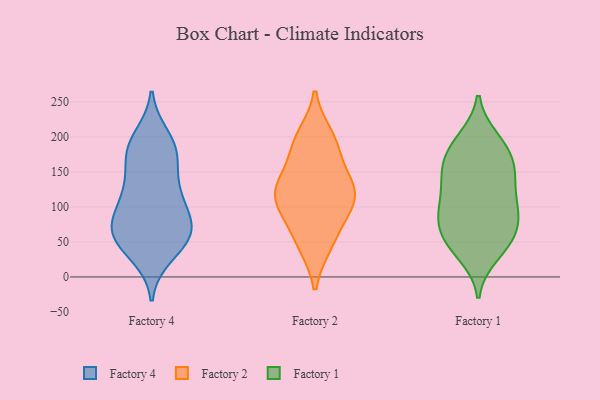
{"axis": {"x": "Market Share (%)", "y": "Value"}, "legend": ["Factory 1", "Factory 2", "Factory 4"], "data": [{"x": "", "y": 128, "type": "Factory 4"}, {"x": "", "y": 32, "type": "Factory 4"}, {"x": "", "y": 180, "type": "Factory 4"}, {"x": "", "y": 83, "type": "Factory 4"}, {"x": "", "y": 60, "type": "Factory 4"}, {"x": "", "y": 182, "type": "Factory 4"}, {"x": "", "y": 172, "type": "Factory 4"}, {"x": "", "y": 76, "type": "Factory 4"}, {"x": "", "y": 56, "type": "Factory 4"}, {"x": "", "y": 113, "type": "Factory 4"}, {"x": "", "y": 43, "type": "Factory 4"}, {"x": "", "y": 74, "type": "Factory 4"}, {"x": "", "y": 131, "type": "Factory 4"}, {"x": "", "y": 199, "type": "Factory 4"}, {"x": "", "y": 183, "type": "Factory 4"}, {"x": "", "y": 112, "type": "Factory 4"}, {"x": "", "y": 67, "type": "Factory 4"}, {"x": "", "y": 58, "type": "Factory 4"}, {"x": "", "y": 189, "type": "Factory 2"}, {"x": "", "y": 122, "type": "Factory 2"}, {"x": "", "y": 47, "type": "Factory 2"}, {"x": "", "y": 95, "type": "Factory 2"}, {"x": "", "y": 200, "type": "Factory 2"}, {"x": "", "y": 118, "type": "Factory 2"}, {"x": "", "y": 119, "type": "Factory 2"}, {"x": "", "y": 185, "type": "Factory 2"}, {"x": "", "y": 88, "type": "Factory 2"}, {"x": "", "y": 49, "type": "Factory 2"}, {"x": "", "y": 140, "type": "Factory 2"}, {"x": "", "y": 128, "type": "Factory 2"}, {"x": "", "y": 161, "type": "Factory 1"}, {"x": "", "y": 87, "type": "Factory 1"}, {"x": "", "y": 61, "type": "Factory 1"}, {"x": "", "y": 145, "type": "Factory 1"}, {"x": "", "y": 197, "type": "Factory 1"}, {"x": "", "y": 46, "type": "Factory 1"}, {"x": "", "y": 132, "type": "Factory 1"}, {"x": "", "y": 194, "type": "Factory 1"}, {"x": "", "y": 54, "type": "Factory 1"}, {"x": "", "y": 138, "type": "Factory 1"}, {"x": "", "y": 170, "type": "Factory 1"}, {"x": "", "y": 45, "type": "Factory 1"}, {"x": "", "y": 97, "type": "Factory 1"}, {"x": "", "y": 86, "type": "Factory 1"}, {"x": "", "y": 95, "type": "Factory 1"}, {"x": "", "y": 184, "type": "Factory 1"}, {"x": "", "y": 32, "type": "Factory 1"}, {"x": "", "y": 158, "type": "Factory 1"}, {"x": "", "y": 115, "type": "Factory 1"}, {"x": "", "y": 80, "type": "Factory 1"}]}